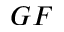
G F